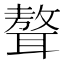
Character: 聱